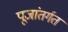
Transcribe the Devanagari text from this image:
पूजांतर्गत